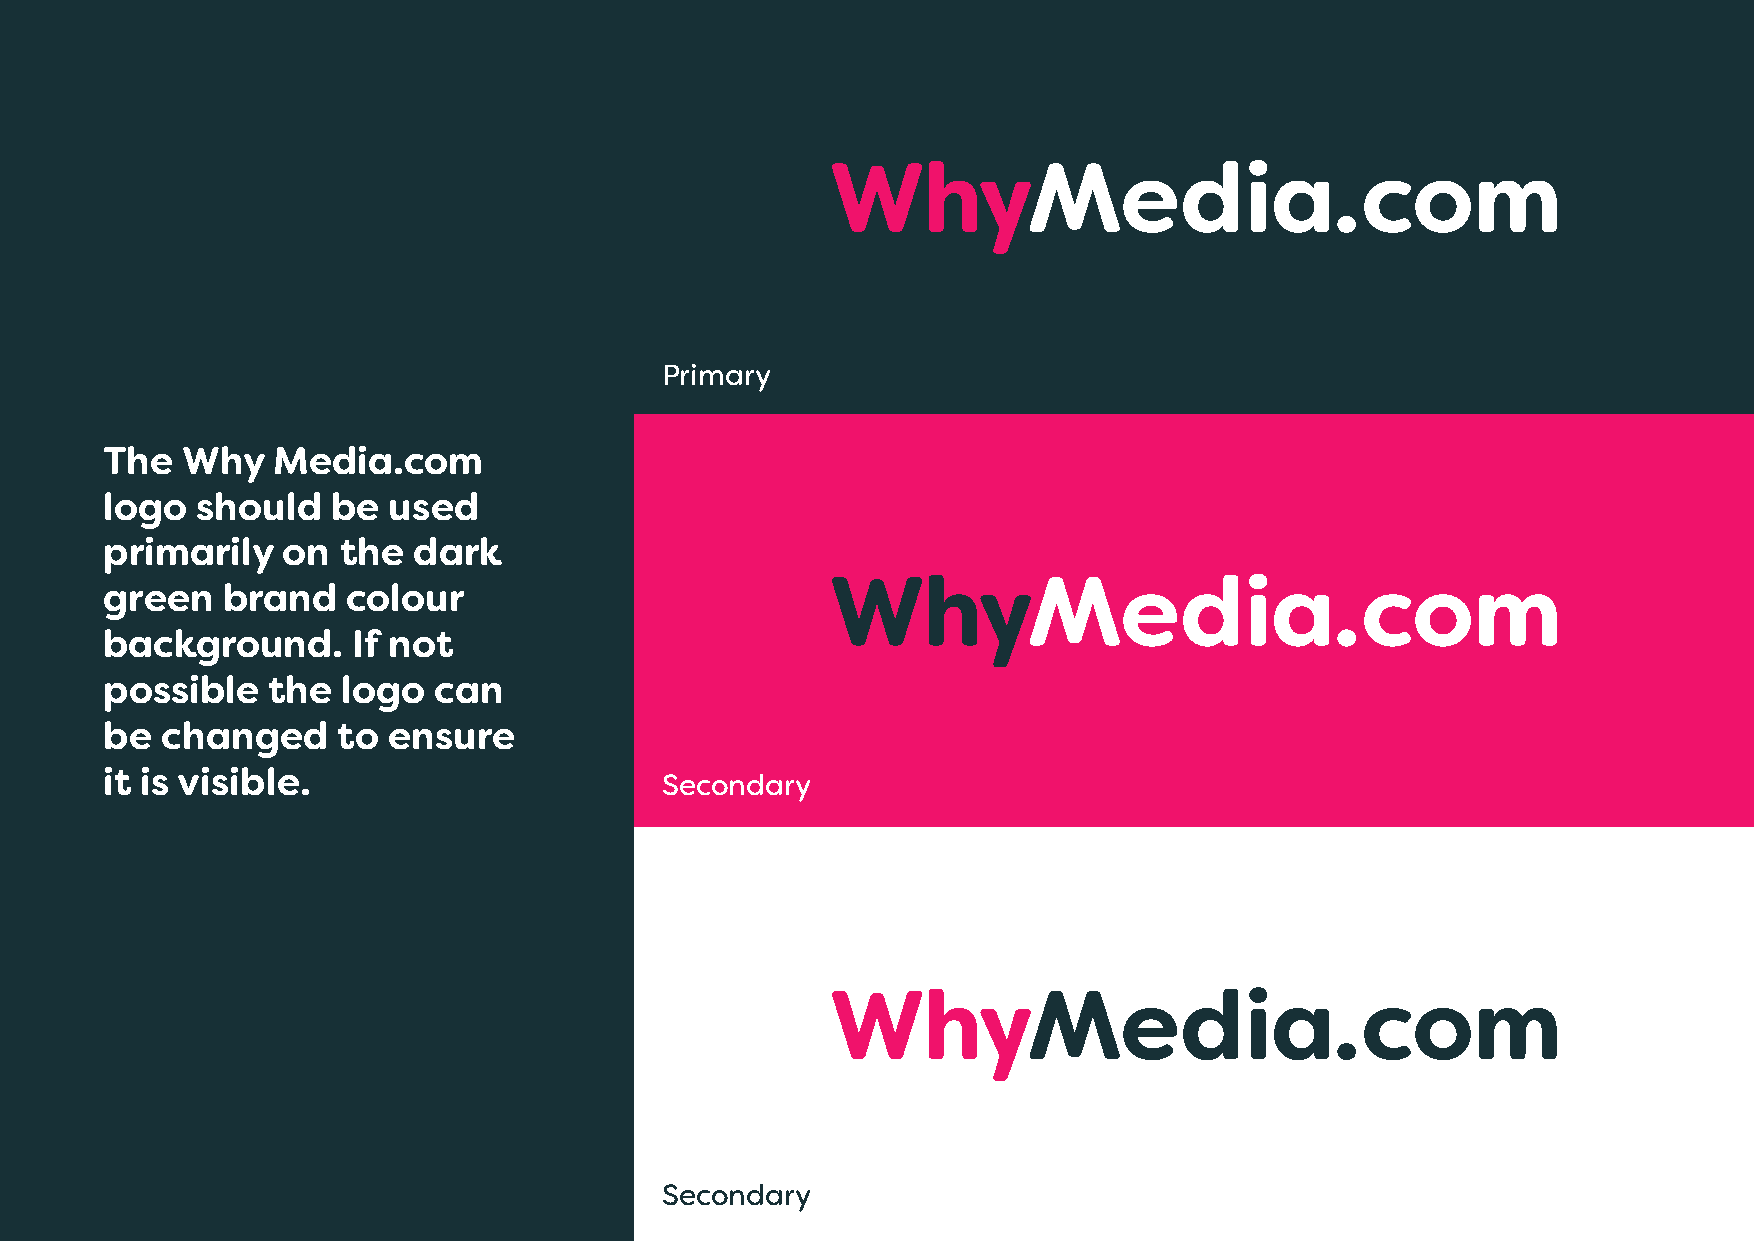
Primary
 The  Why   Media.com
 logo  should   be  used
 primarily   on the  dark
 green   brand   colour
 background.     If not
 possible   the  logo  can
 be  changed    to  ensure
 it is visible.                       Secondary
 Secondary